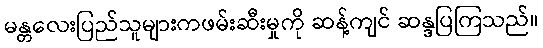
မန္တလေးပြည်သူများကဖမ်းဆီးမှုကို ဆန့်ကျင် ဆန္ဒပြကြသည်။